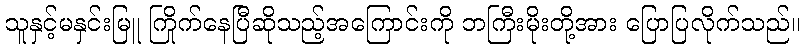
သူနှင့်မနှင်းမြူ ကြိုက်နေပြီဆိုသည့်အကြောင်းကို ဘကြီးမိုးတို့အား ပြောပြလိုက်သည်။